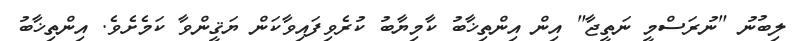
ލިބުނު "ނުރަސްމީ ނަތީޖާ" އިން އިންތިޚާބު ކާމިޔާބު ކުރެވިފައިވާކަން ޔަޤީންވާ ކަމެށެވެ. އިންތިޚާބު